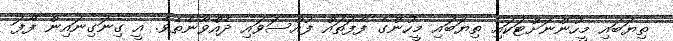
ތިޔަބައި މީހުންނަށްޓަކައި ތިޔަބައި މީހުންގެ ފާފަތައް ފުއްސަވައި ދެއްވާނެތެވެ. އީ ގިނަގިނައިން ފާފަ